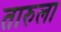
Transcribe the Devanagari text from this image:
तारुला